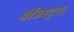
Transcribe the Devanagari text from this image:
मैजिस्ट्रेट।